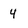
Character: 4